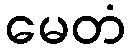
မေတံ